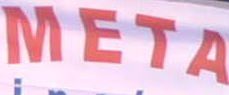
META